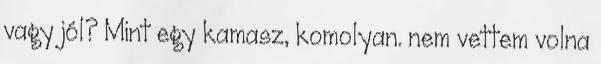
vagy jól? Mint egy kamasz, komolyan. nem vettem volna